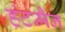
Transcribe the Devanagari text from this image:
हंटमैन